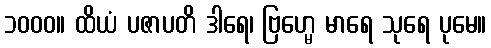
၁၀၀၀။ ထိယံ ပဇာပတိ ဒါရေ၊ ဗြဟ္မေ မာရေ သုရေ ပုမေ။